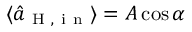
\langle \hat { a } _ { \mathrm { ~ H ~ , ~ i ~ n ~ } } \rangle = A \cos { \alpha }